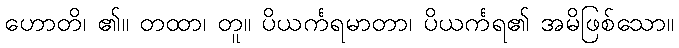
ဟောတိ၊ ၏။ တထာ၊ တူ။ ပိယင်္ကရမာတာ၊ ပိယင်္ကရ၏ အမိဖြစ်သော။